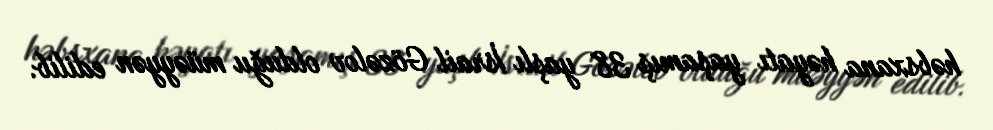
həbsxana həyatı yaşamış 38 yaşlı İsrail Gözəlov olduğu müəyyən edilib.